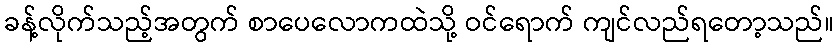
ခန့်လိုက်သည့်အတွက် စာပေလောကထဲသို့ ဝင်ရောက် ကျင်လည်ရတော့သည်။